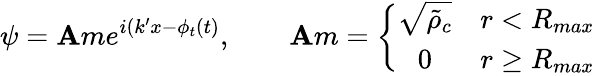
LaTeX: \psi=\mathbf{A}me^{i(k^{\prime}x-\phi_{t}(t)},\qquad\mathbf{A}m=\left\{ \begin{array}{cc}{\sqrt{\tilde{\rho}_{c}}}&{r<R_{max}}\\ {0}&{r\ge R_{max}}\end{array}\right.